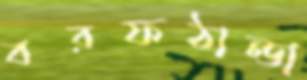
বরফঠান্ডা